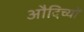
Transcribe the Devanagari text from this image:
औदिच्यों